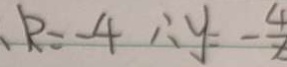
R = - 4 \therefore y = - \frac { 4 } { x }